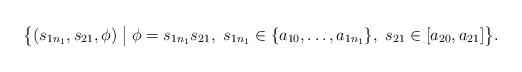
LaTeX: \begin{align*}\bigl\{(s_{1n_1},s_{21},\phi) \bigm| \phi = s_{1n_1}s_{21},\ s_{1n_1} \in\{a_{10}, \ldots, a_{1n_1} \},\ s_{21} \in [a_{20}, a_{21}] \bigr\}.\end{align*}